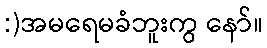
:)အမရေမခံဘူးကွ နော်။